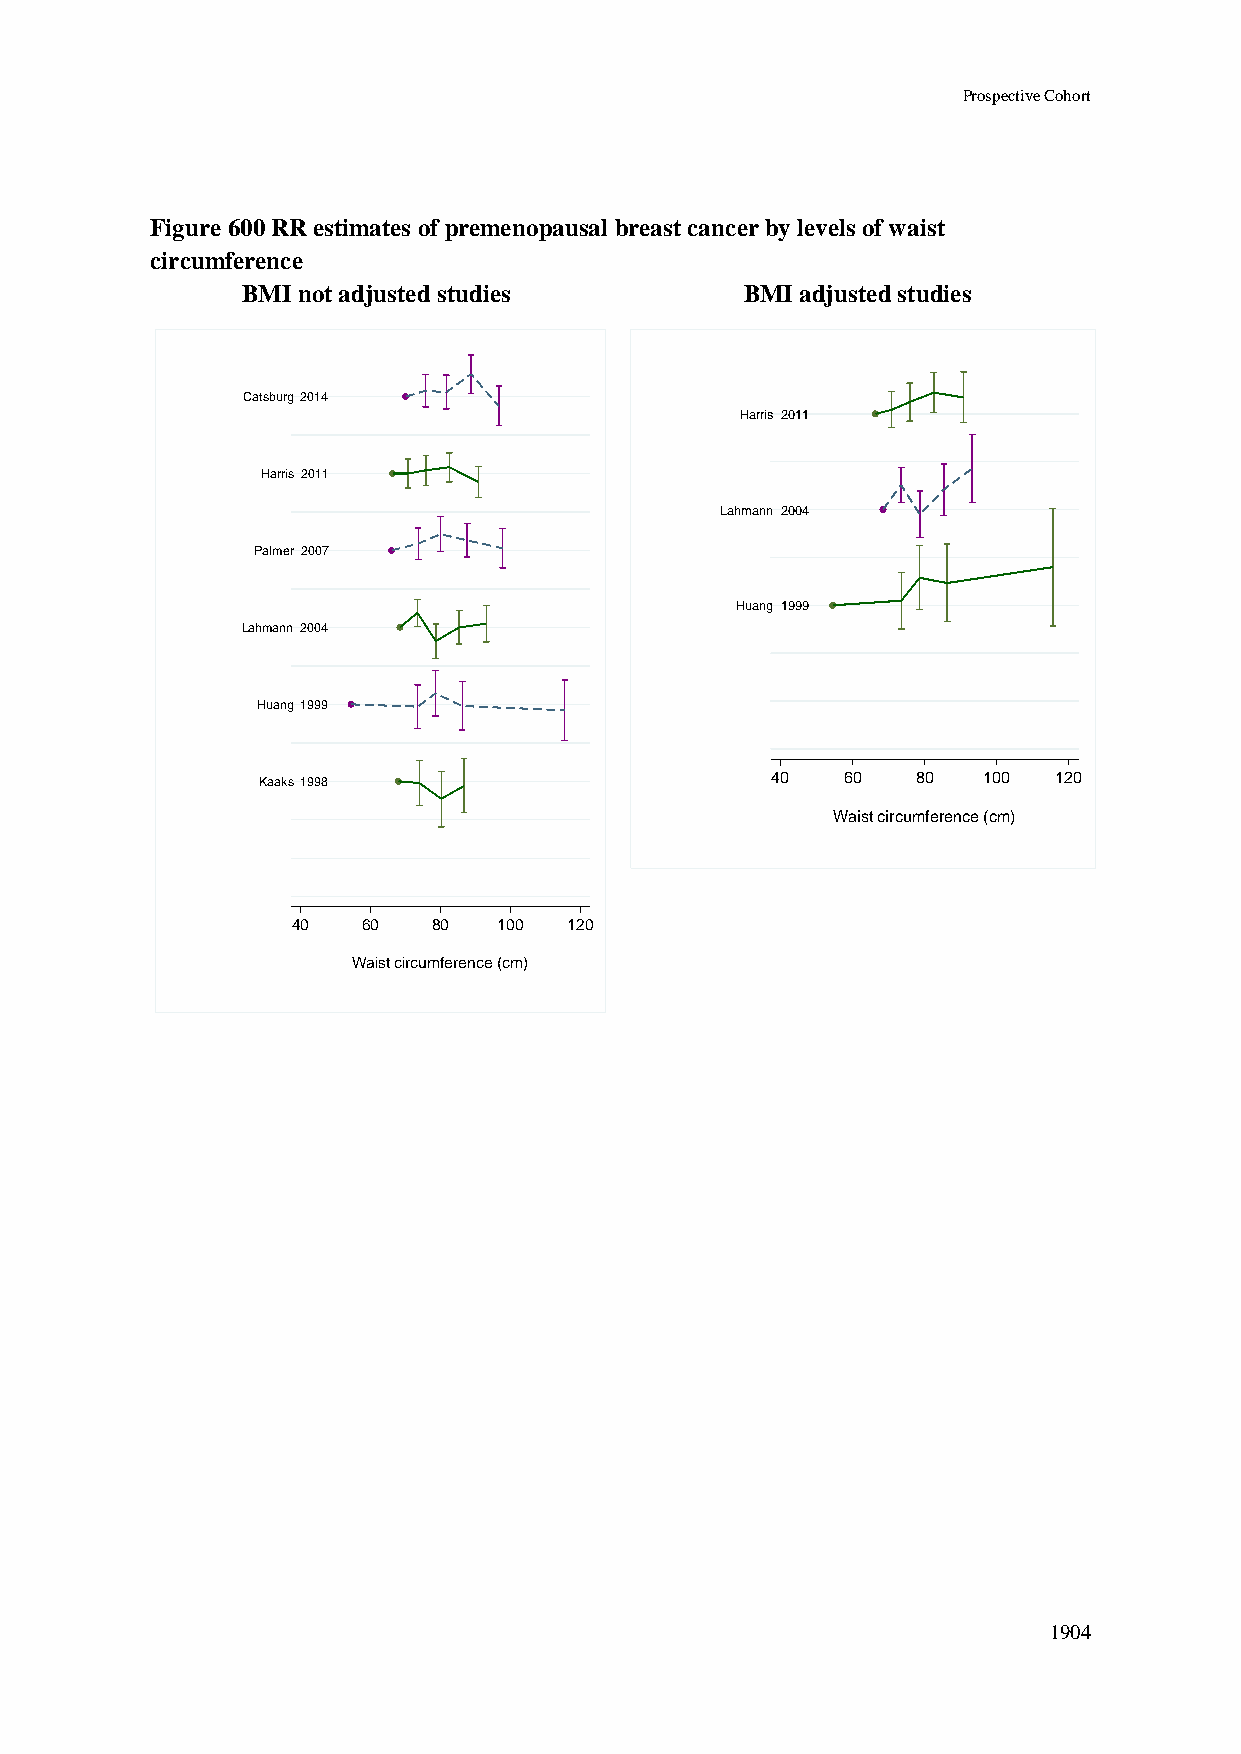
Prospective Cohort
 Figure 600 RR estimates of premenopausal breast cancer by levels of waist
 circumference
 BMI not adjusted studies         BMI adjusted studies
 Catsburg 2014
 Harris 2011
 Harris 2011
 Lahmann 2004
 Palmer 2007
 Huang 1999
 Lahmann 2004
 Huang 1999
 Kaaks 1998                        40   60   80  100  120
 Waist circumference (cm)
 40   60   80  100  120
 Waist circumference (cm)
 1904